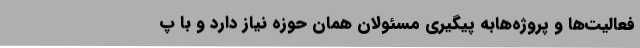
فعالیت‌ها و ‌پروژه‌هابه پیگیری مسئولان همان حوزه نیاز دارد و با پ